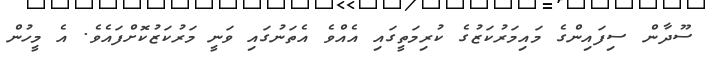
ސޫދާން ސިފައިންގެ މައިމަރުކަޒުގެ ކުރިމަތީގައި އެއްވެ އެތަނުގައި ވަނީ މަރުކަޒުކޮށްފައެވެ. އެ މީހުން